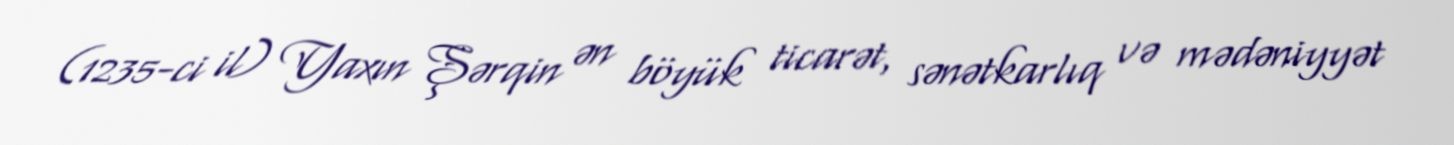
(1235-ci il) Yaxın Şərqin ən böyük ticarət, sənətkarlıq və mədəniyyət